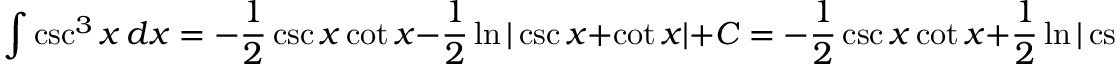
\int \csc ^ { 3 } { x } \, d x = - { \frac { 1 } { 2 } } \csc x \cot x - { \frac { 1 } { 2 } } \ln | \csc x + \cot x | + C = - { \frac { 1 } { 2 } } \csc x \cot x + { \frac { 1 } { 2 } } \ln | \csc x - \cot x | + C